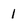
Character: 1